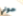
حولي